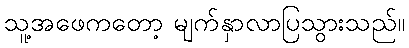
သူ့အဖေကတော့ မျက်နှာလာပြသွားသည်။